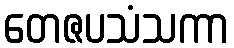
တေဇပသံသကာ